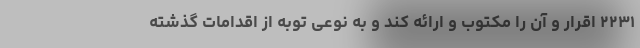
۲۲۳۱ اقرار و آن را مکتوب و ارائه کند و به نوعی توبه از اقدامات گذشته